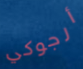
أرجوكي